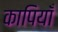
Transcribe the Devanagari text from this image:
कापियाँ